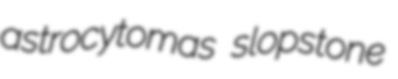
astrocytomas slopstone